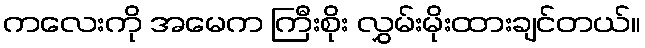
ကလေးကို အမေက ကြီးစိုး လွှမ်းမိုးထားချင်တယ်။